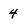
Character: 4